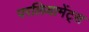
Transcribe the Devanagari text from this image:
परलियामेंट्स